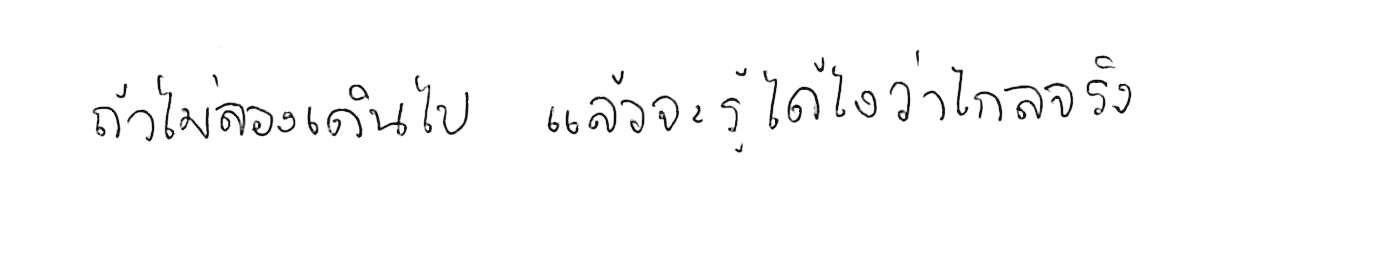
ถ้าไม่ลองเดินไป แล้วจะรู้ได้ยังไงว่าไกลจริง